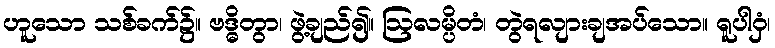
ဟူသော သစ်ခက်၌။ ဗဒ္ဓိတွာ၊ ဖွဲ့ချည်၍။ ဩလမ္ပိတံ၊ တွဲရလျားချအပ်သော။ ရူပါဝှံ၊